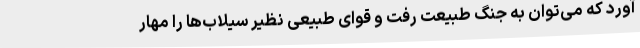
آورد که می‌توان به جنگ طبیعت رفت و قوای طبیعی نظیر سیلاب‌ها را مهار